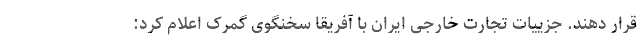
قرار دهند. جزییات تجارت خارجی ایران با آفریقا سخنگوی گمرک اعلام کرد: